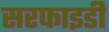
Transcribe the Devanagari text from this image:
सरफाइडी